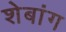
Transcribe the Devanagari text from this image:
शेबांग